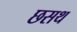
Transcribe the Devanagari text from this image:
छसथ